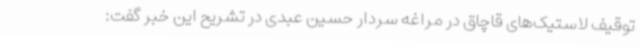
توقیف لاستیک‌های قاچاق در مراغه سردار حسین عبدی در تشریح این خبر گفت: